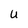
Character: U